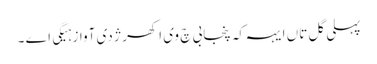
پہلی گل تاں ایہہ کہ پنجابی چ وی اکھر ژ دی آواز ہیگی اے ۔